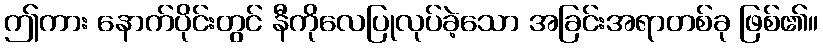
ဤကား နောက်ပိုင်းတွင် နီကိုလေပြုလုပ်ခဲ့သော အခြင်းအရာတစ်ခု ဖြစ်၏။